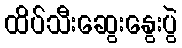
ထိပ်သီးဆွေးနွေးပွဲ